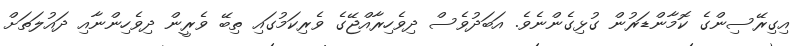
އިގިރޭސިންގެ ކޮމާންޑަރުން ގުޅިގެންނެވެ. އަބަދުވެސް ދިވެހިރާއްޖޭގެ ވެރިކަމުގައި ތިބޭ ވެރީން ދިވެހިންނާއި ދައުލަތަށް